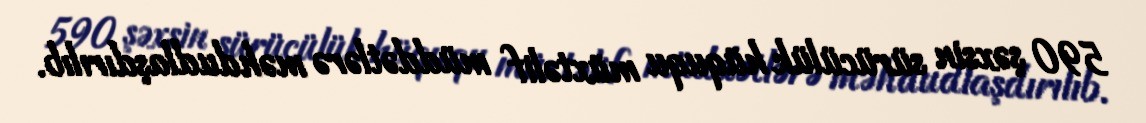
590 şəxsin sürücülük hüququ müxtəlif müddətlərə məhdudlaşdırılıb.